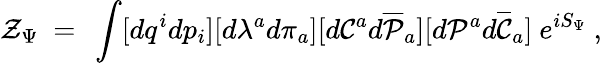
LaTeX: {\cal Z}_{\Psi}~=~\int[dq^{i}dp_{i}][d\lambda^{a}d\pi_{a}][d{\cal C}^{a}d{\overline{{{\cal P}}}}_{a}][d{\cal P}^{a}d{\overline{{{\cal C}}}}_{a}]~e^{iS_{\Psi}}~,